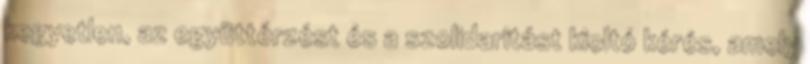
kegyetlen, az együttérzést és a szolidaritást kioltó kérés, amely